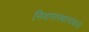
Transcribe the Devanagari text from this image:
निवासस्थानांकडे